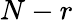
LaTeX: N-r